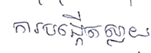
ការបង្កើតស្លាយ